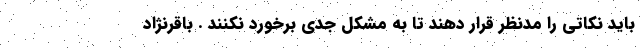
باید نکاتی را مدنظر قرار دهند تا به مشکل جدی برخورد نکنند . باقرنژاد